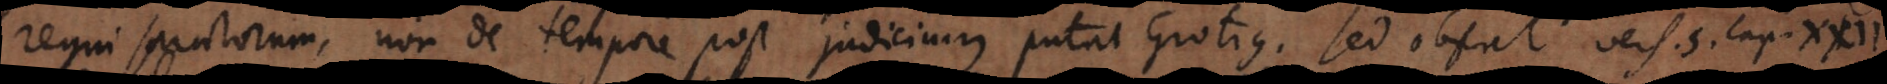
regni sanctorum, non de tempore post judicium putat Grotius. Sed obstat vers. 5. cap. XX